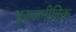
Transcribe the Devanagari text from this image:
भूराजनीतिक